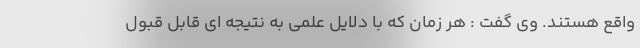
واقع هستند. وی گفت : هر زمان که با دلایل علمی به نتیجه ای قابل قبول